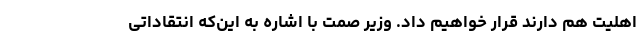
اهلیت هم دارند قرار خواهیم داد. وزیر صمت با اشاره به این‌که انتقاداتی